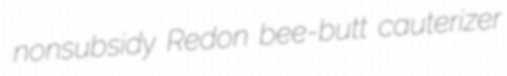
nonsubsidy Redon bee-butt cauterizer